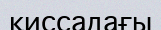
қиссадағы